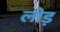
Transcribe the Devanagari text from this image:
लोड़